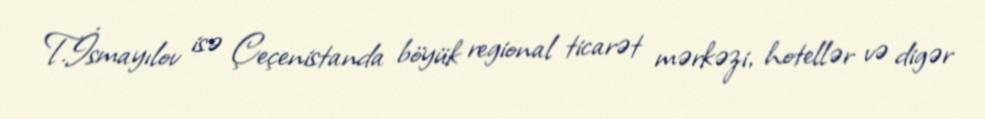
T.İsmayılov isə Çeçenistanda böyük regional ticarət mərkəzi, hotellər və digər